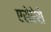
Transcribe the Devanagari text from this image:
एसेऐसे